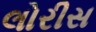
લોરીસ